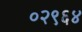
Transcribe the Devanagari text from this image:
०२९६४